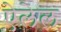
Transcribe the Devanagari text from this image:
ऐलेल